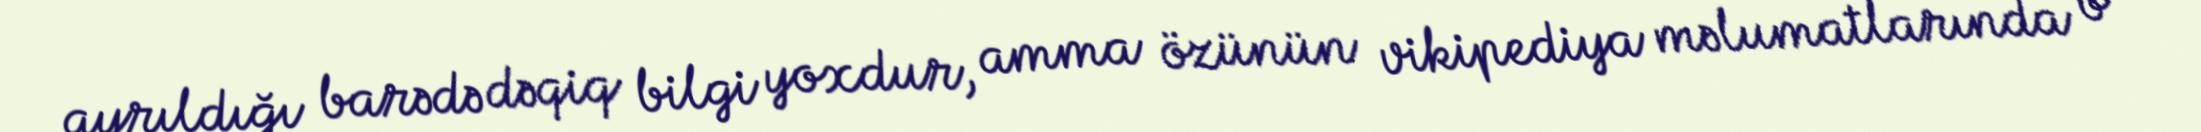
ayrıldığı barədə dəqiq bilgi yoxdur, amma özünün vikipediya məlumatlarında o